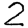
Digit: 2